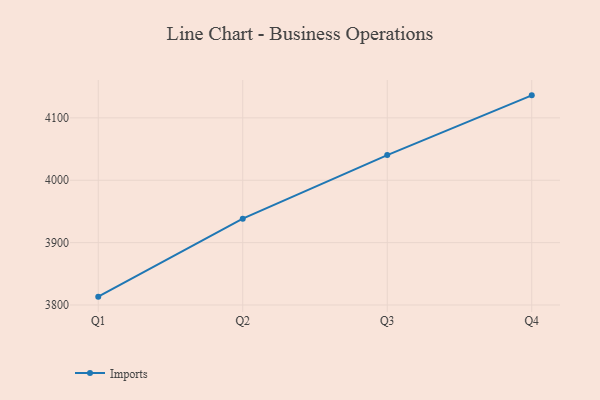
{"axis": {"x": "Quarter", "y": "Revenue (USD Million)"}, "legend": ["Imports"], "data": [{"x": "Q1", "y": 3813.4, "type": "Imports"}, {"x": "Q2", "y": 3938.4, "type": "Imports"}, {"x": "Q3", "y": 4040.3, "type": "Imports"}, {"x": "Q4", "y": 4136.1, "type": "Imports"}]}